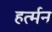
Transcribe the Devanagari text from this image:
हर्त्मन